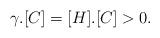
LaTeX: \begin{align*} \gamma . [C] = [H] . [C] > 0. \end{align*}